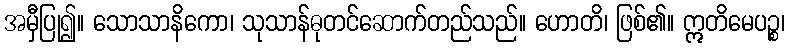
အမှီပြု၍။ သောသာနိကော၊ သုသာန်ဓုတင်ဆောက်တည်သည်။ ဟောတိ၊ ဖြစ်၏။ ဣတိမေပဉ္စ၊